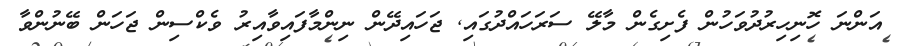
އަންނަ ހޮނިހިރުދުވަހުން ފެށިގެން މާލޭ ސަރަހައްދުގައި